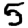
Digit: 5